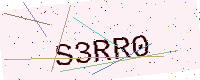
Text: S3RR0